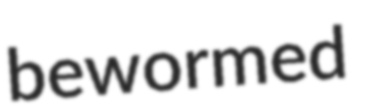
bewormed